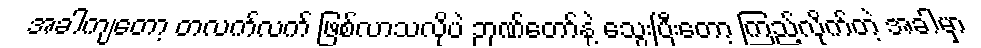
အခါကျတော့ တလက်လက် ဖြစ်လာသလိုပဲ ဉာဏ်တော်နဲ့ သွေးပြီးတော့ ကြည့်လိုက်တဲ့ အခါမှာ